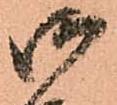
御